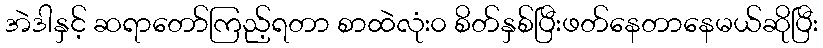
အဲဒါနှင့် ဆရာတော်ကြည့်ရတာ စာထဲလုံး၀ စိတ်နှစ်ပြီးဖတ်နေတာနေမယ်ဆိုပြီး